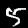
Label: 5